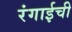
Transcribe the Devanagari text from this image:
रंगाईची